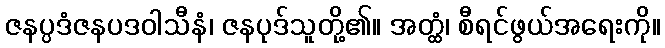
ဇနပ္ပဒံဇနပဒဝါသီနံ၊ ဇနပုဒ်သူတို့၏။ အတ္ထံ၊ စီရင်ဖွယ်အရေးကို။